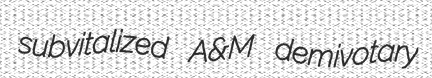
subvitalized A&M demivotary